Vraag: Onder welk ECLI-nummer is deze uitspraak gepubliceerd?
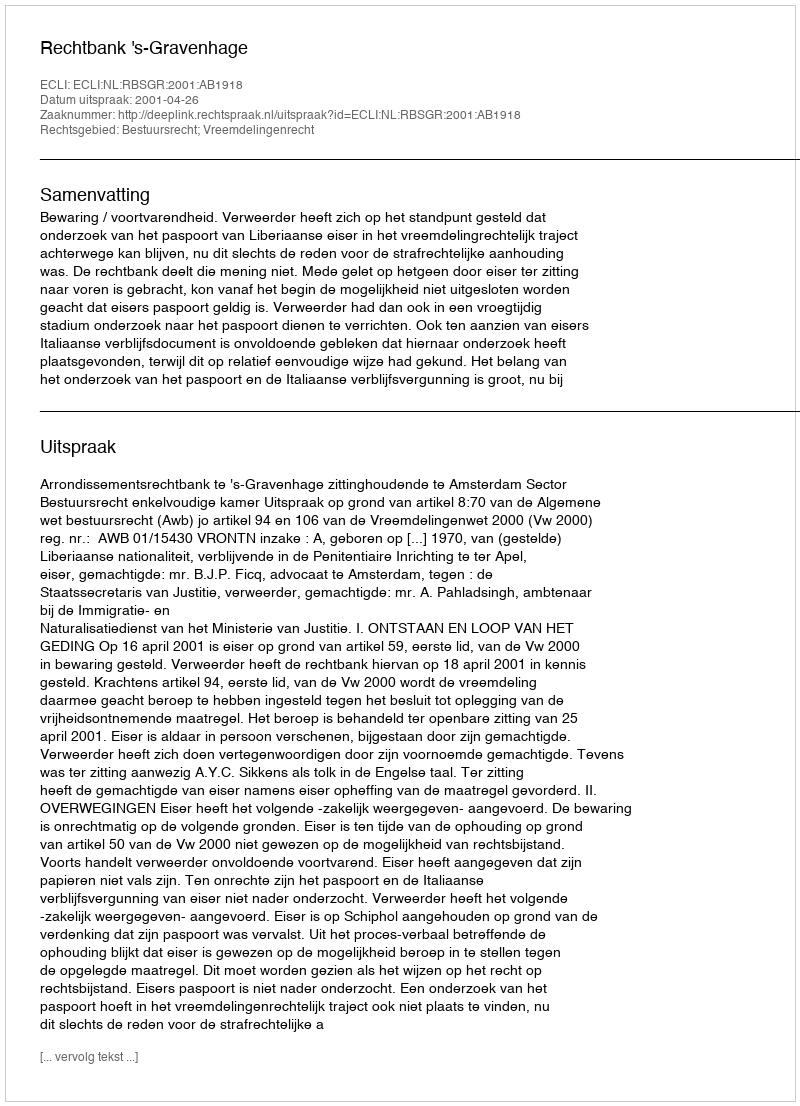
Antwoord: ECLI:NL:RBSGR:2001:AB1918